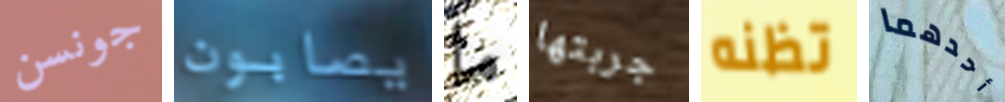
جونسن يصابون ما جربتها تظنه أحدهما